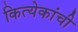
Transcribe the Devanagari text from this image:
कित्येकांची